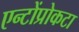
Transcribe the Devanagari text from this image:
एन्टोंप्रोकटा